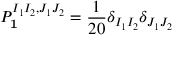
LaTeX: P _ { { \bf { 1 } } } ^ { I _ { 1 } I _ { 2 } , J _ { 1 } J _ { 2 } } = \frac { 1 } { 2 0 } \delta _ { I _ { 1 } I _ { 2 } } \delta _ { J _ { 1 } J _ { 2 } }